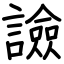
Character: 譣